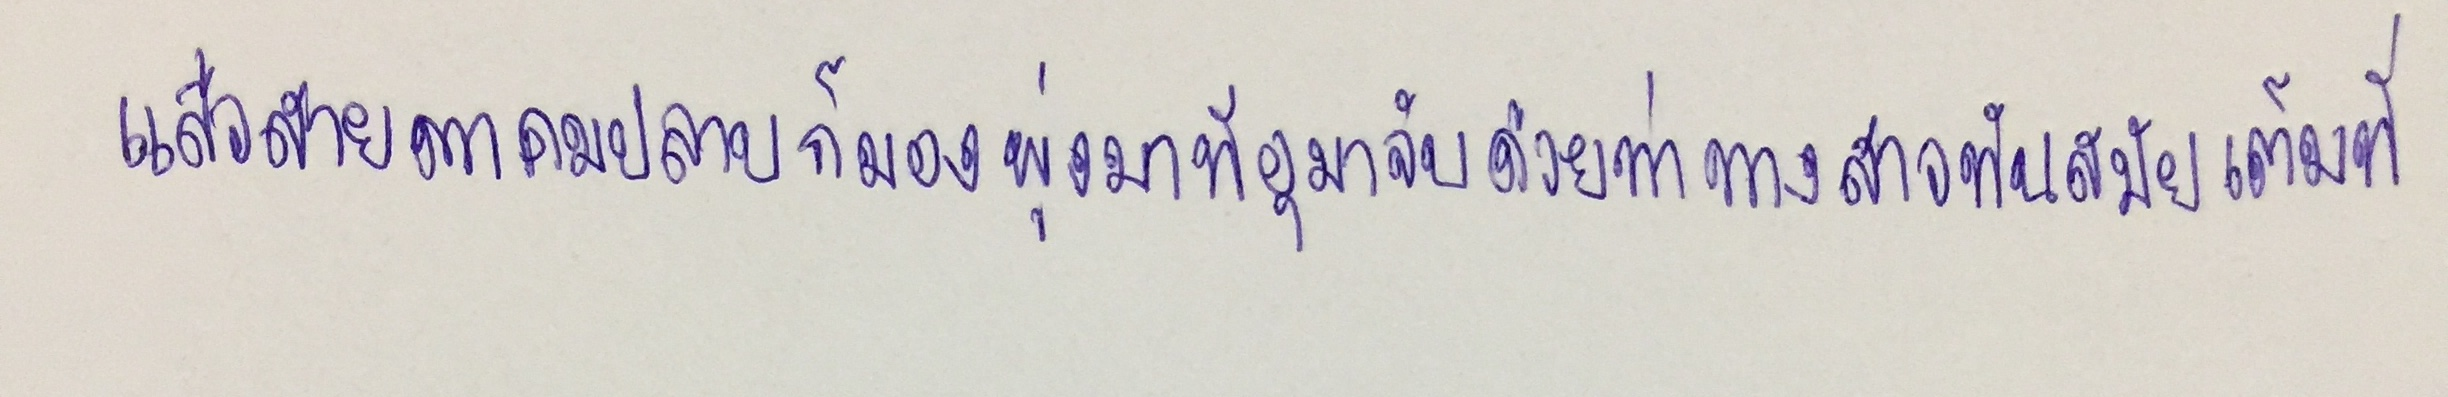
แล้วสายตาคมปลาบก็มองพุ่งมาที่อุมาจับด้วยท่าทางสาวทันสมัยเต็มที่